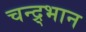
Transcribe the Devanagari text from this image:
चन्द्र्भान